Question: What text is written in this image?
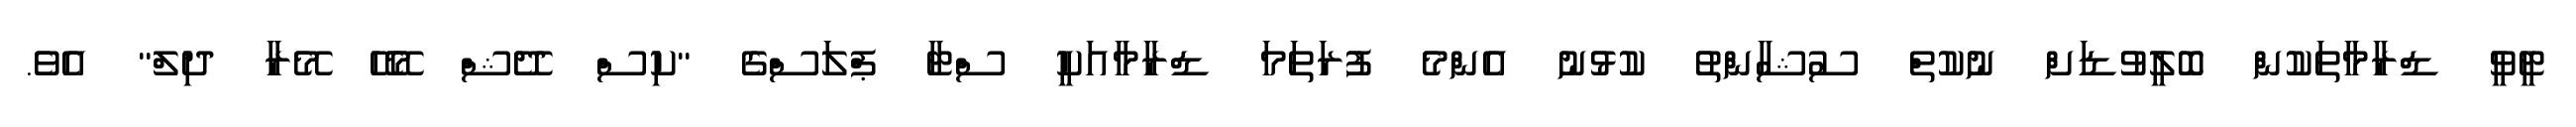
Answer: ޓީވީ ޑްރާމާތަކުން ބޮލީވުޑަށް ނުކުތް ސުޝާންތު ކުޅުނު އެންމެ ފުރަތަމަ ޑްރާމާއަކީ ސްޓާ ޕްލަސްގެ "ކިސް ދޭޝް މޭހޭ މޭރާ ދިލް" އެވެ.